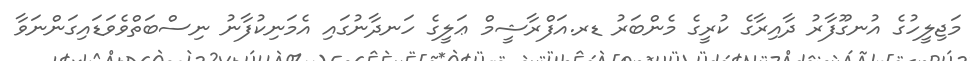
މަޖިލީހުގެ އުނގޫފާރު ދާއިރާގެ ކުރީގެ މެންބަރު ޑރ.އަފްރާޝީމް ޢަލީގެ ހަނދާނުގައި އެމަނިކުފާނު ނިސްބަތްވެވަޑައިގަންނަވާ